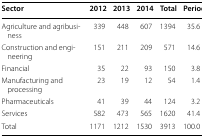
| Sector | 2012 | 2013 | 2014 | Total | Period average |
 | --- | --- | --- | --- | --- | --- |
 | Agriculture and agribusiness | 339 | 448 | 607 | 1394 | 35.6 |
 | Construction and engineering | 151 | 211 | 209 | 571 | 14.6 |
 | Financial | 35 | 22 | 93 | 150 | 3.8 |
 | Manufacturing and processing | 23 | 19 | 12 | 54 | 1.4 |
 | Pharmaceuticals | 41 | 39 | 44 | 124 | 3.2 |
 | Services | 582 | 473 | 565 | 1620 | 41.4 |
 | Total | 1171 | 1212 | 1530 | 3913 | 100.0 |